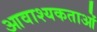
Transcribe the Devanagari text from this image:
आवाश्‍यकताओं